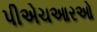
પીએચઆરઓ